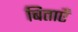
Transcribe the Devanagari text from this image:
बिताएँ